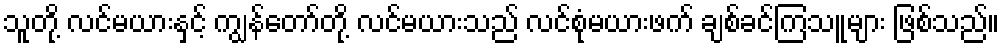
သူတို့ လင်မယားနှင့် ကျွန်တော်တို့ လင်မယားသည် လင်စုံမယားဖက် ချစ်ခင်ကြသူများ ဖြစ်သည်။